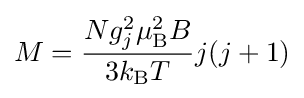
M={\frac {Ng_{j}^{2}\mu _{\mathrm {B} }^{2}B}{3k_{\mathrm {B} }T}}j(j+1)